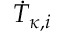
\dot { T } _ { \kappa , i }